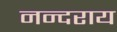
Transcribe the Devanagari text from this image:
नन्दराय